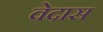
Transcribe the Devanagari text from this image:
वेदास